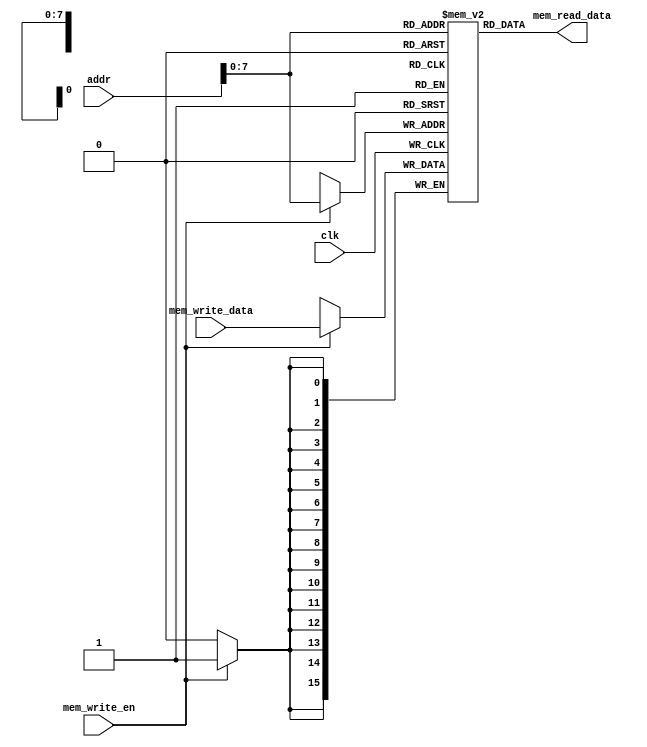
module data_memory  
(  
	input	clk,  
	
	// address input, shared by read and write port  
	input	[15:0] addr,  
	
	// write port  
	input	[15:0] mem_write_data,  
	input	mem_write_en,  
	
	// read port  
	output	[15:0]mem_read_data  
);  
	
	
	integer i;  
	
	reg [15:0] ram [255:0];  
	
	wire [7:0] ram_addr = addr[7 : 0];
	
	initial begin  
		for( i=0; i<256; i=i+1 )
			ram[i] <= i;
	end  
	
	always @(posedge clk) begin  
		if (mem_write_en)  
			ram[ram_addr] <= mem_write_data;  
	end  
	
	assign mem_read_data = ram[ram_addr];

endmodule